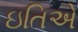
ઇતિએ